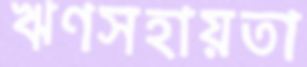
ঋণসহায়তা